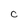
Character: c